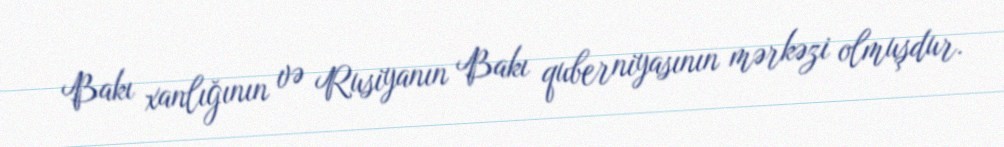
Bakı xanlığının və Rusiyanın Bakı quberniyasının mərkəzi olmuşdur.